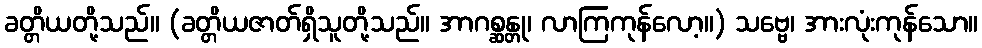
ခတ္တိယတို့သည်။ (ခတ္တိယဇာတ်ရှိသူတို့သည်။ အာဂစ္ဆန္တု၊ လာကြကုန်လော့။) သဗ္ဗေ၊ အားလုံးကုန်သော။